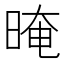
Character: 晻